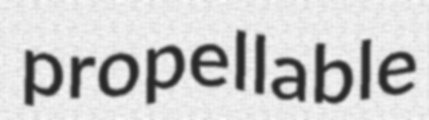
propellable